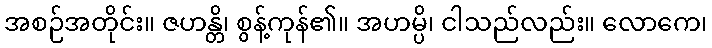
အစဉ်အတိုင်း။ ဇဟန္တိ၊ စွန့်ကုန်၏။ အဟမ္ပိ၊ ငါသည်လည်း။ လောကေ၊